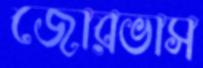
জোরভাস